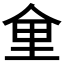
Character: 𪜽